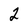
Character: 2